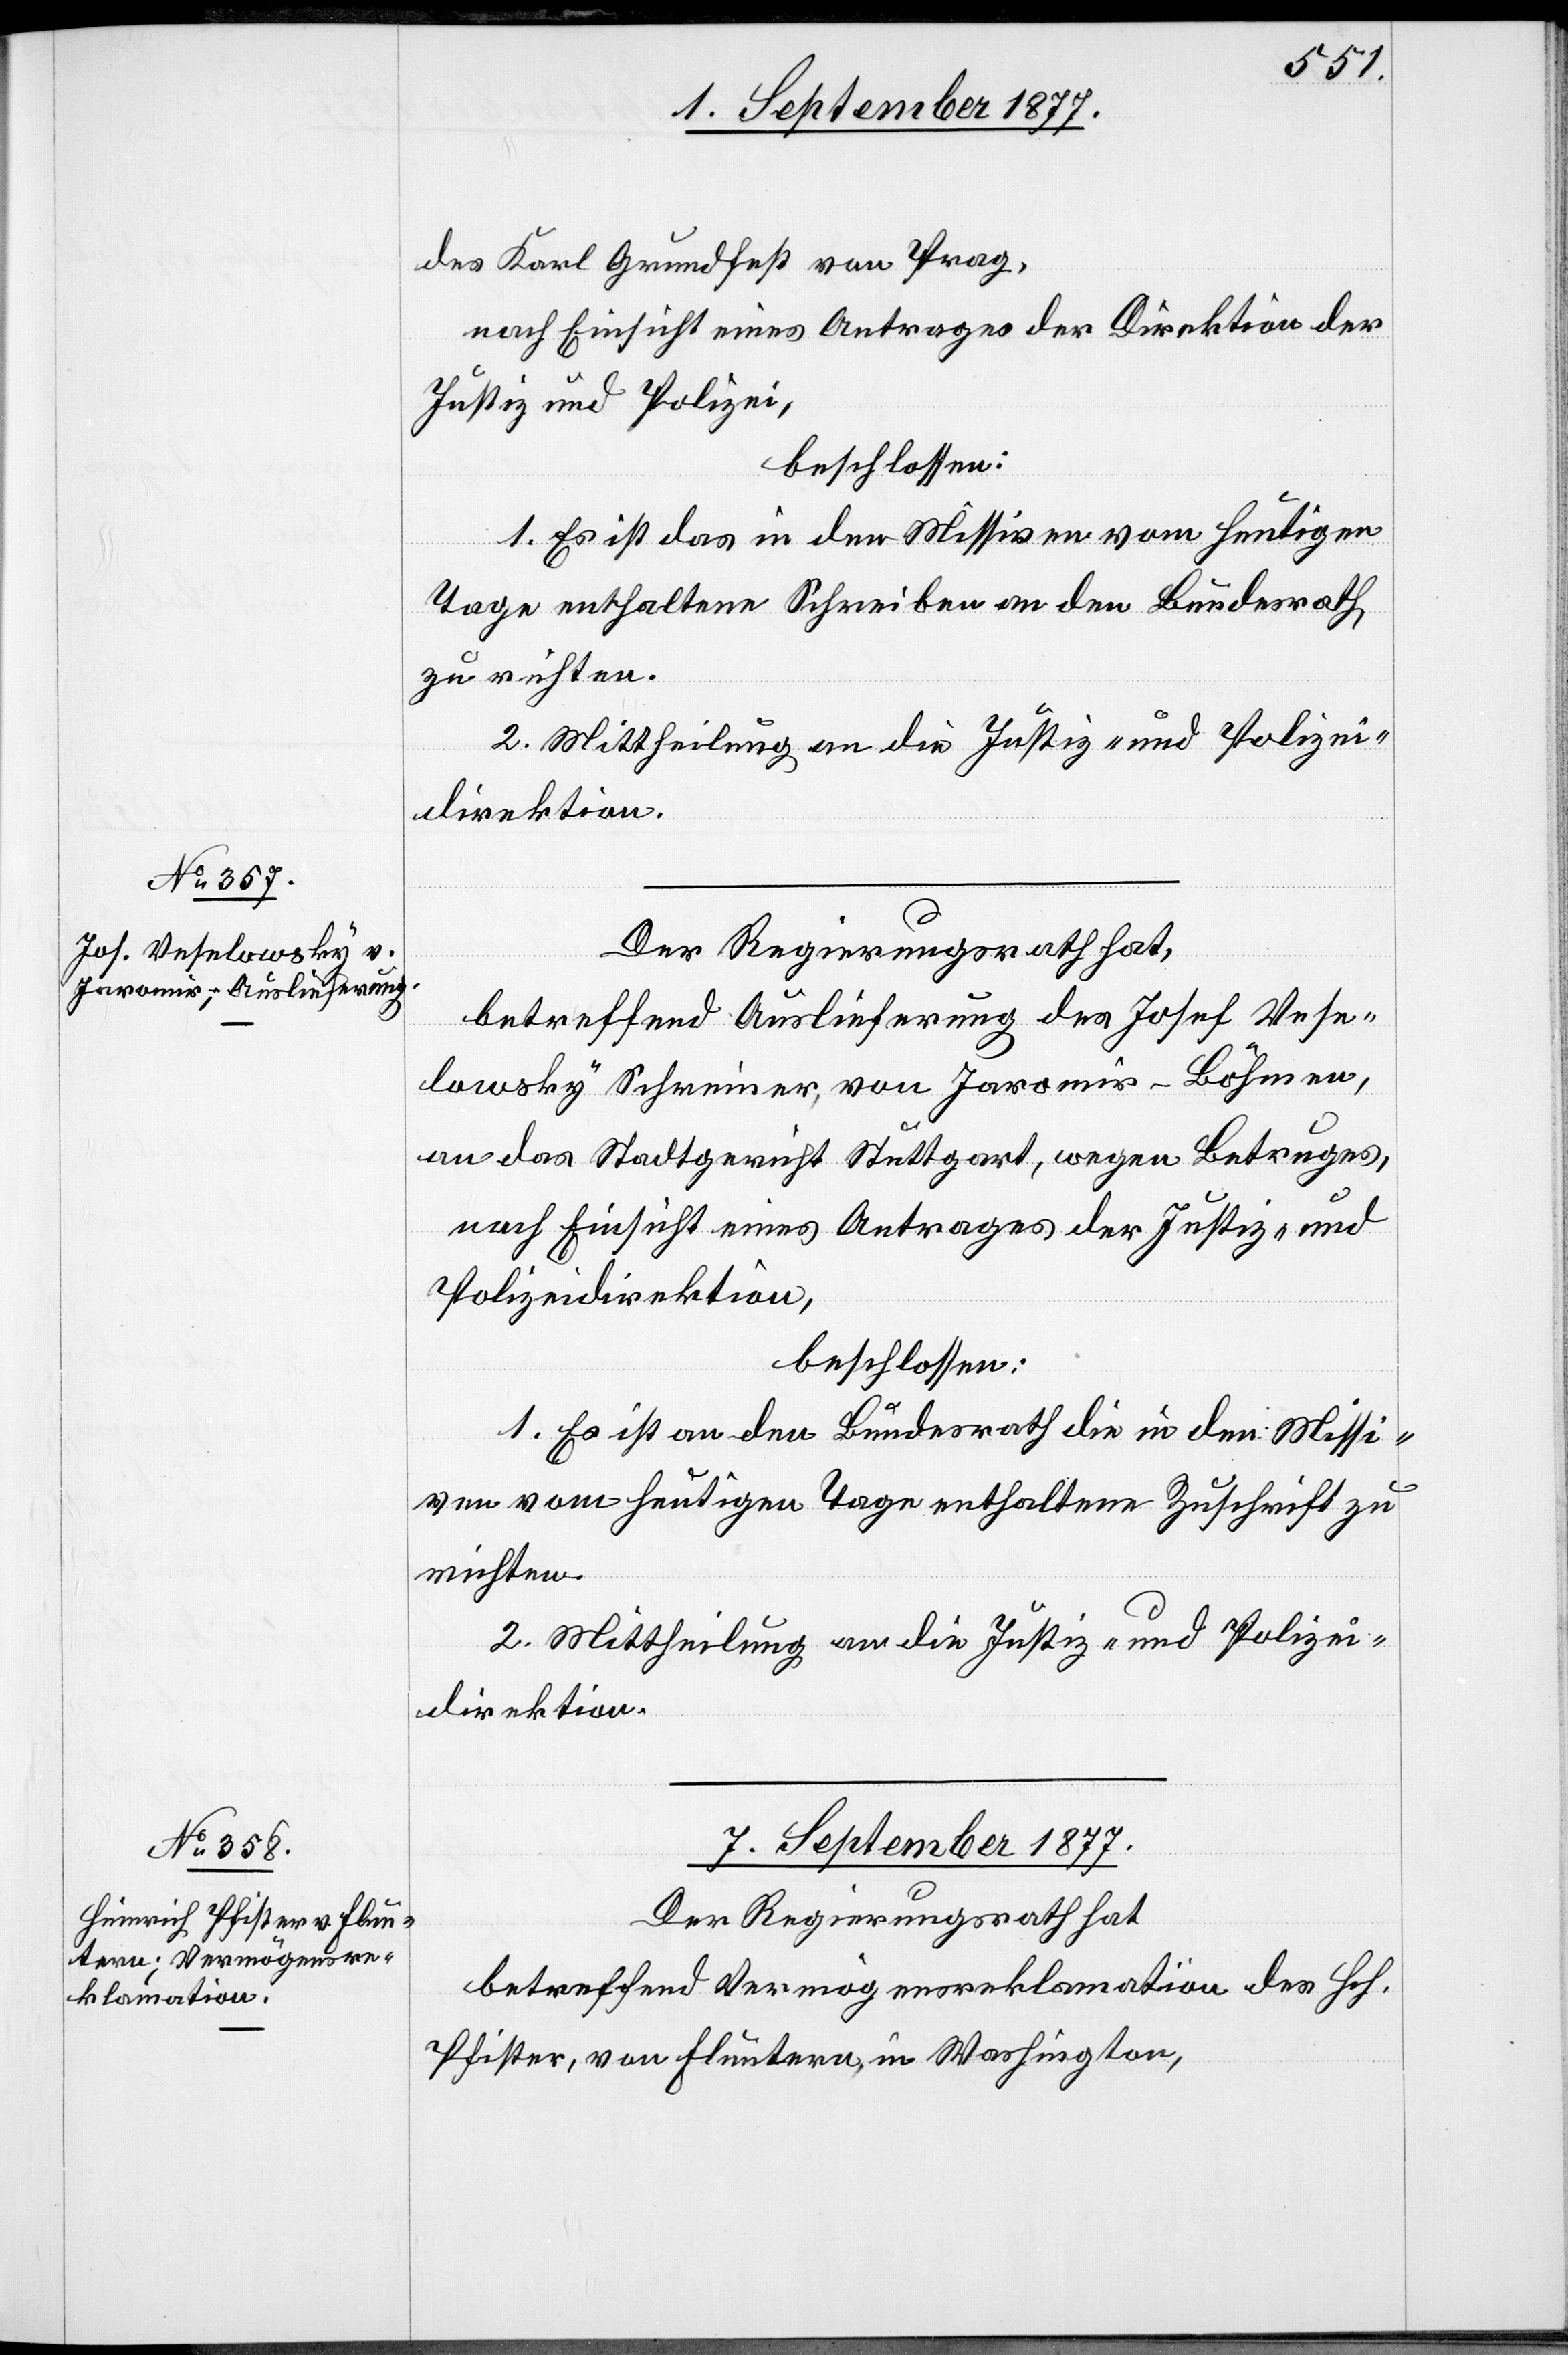
des Karl Grundfest von Prag,
nach Einsicht eines Antrages der Direktion der
Justiz und Polizei,
beschlossen:
1. Es ist das in den Missiven vom heutigen
Tage enthaltene Schreiben an den Bundesrath
zu richten.
2. Mittheilung an die Justiz- und Polizei¬
direktion.
betreffend Auslieferung des Josef Vese¬
lowsky Schreiner, von Jaromir - Böhmen,
an das Stadtgericht Stuttgart, wegen Betruges,
nach Einsicht eines Antrages der Justiz- und
Polizeidirektion,
beschlossen:
1. Es ist an den Bundesrath die in den Missi¬
ven vom heutigen Tage enthaltene Zuschrift zu
richten.
2. Mittheilung an die Justiz- und Polizei¬
direktion.
7. September 1877.
Der Regierungsrath hat
betreffend Vermögensreklamation des Hch.
Pfister, von Fluntern, in Washington,